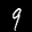
Label: 9